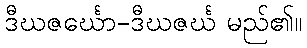
ဒီဃဇင်္ဃော-ဒီဃဇင်္ဃ မည်၏။